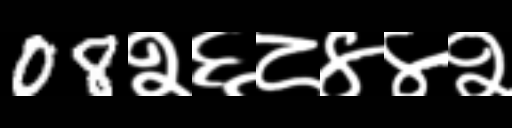
Text: 08२६८४४२